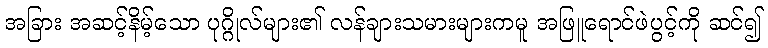
အခြား အဆင့်နိမ့်သော ပုဂ္ဂိုလ်များ၏ လန်ချားသမားများကမူ အဖြူရောင်ဖဲပွင့်ကို ဆင်၍